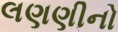
લણણીનો